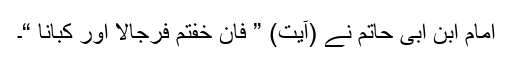
امام ابن ابی حاتم نے (آیت) ” فان خفتم فرجالا اور کبانا “۔